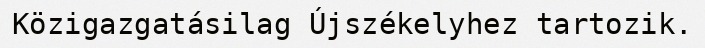
Közigazgatásilag Újszékelyhez tartozik.